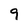
Character: 9